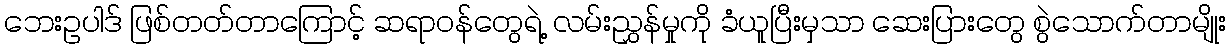
ဘေးဥပါဒ် ဖြစ်တတ်တာကြောင့် ဆရာဝန်တွေရဲ့ လမ်းညွှန်မှုကို ခံယူပြီးမှသာ ဆေးပြားတွေ စွဲသောက်တာမျိုး